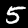
Label: 5